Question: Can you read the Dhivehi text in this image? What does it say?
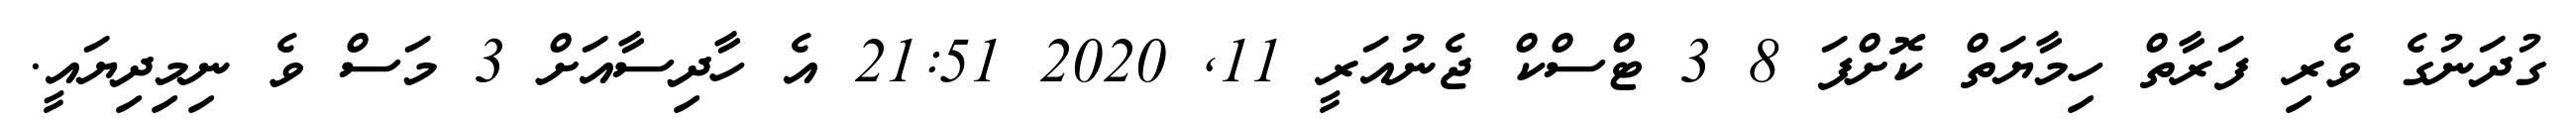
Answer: ގުދަނުގެ ވެރި ފަރާތް ހިމާޔަތް ކޮށްފަ 8 3 ޓްސްކް ޖެނުއަރީ 11, 2020 21:51 އެ ހާދިސާއަށް 3 މަސް ވެ ނިމިދިޔައީ.